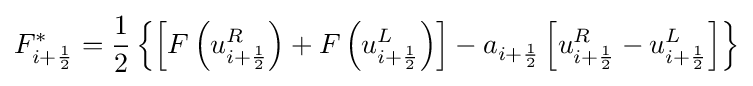
F_{i+{\frac {1}{2}}}^{*}={\frac {1}{2}}\left\{\left[F\left(u_{i+{\frac {1}{2}}}^{R}\right)+F\left(u_{i+{\frac {1}{2}}}^{L}\right)\right]-a_{i+{\frac {1}{2}}}\left[u_{i+{\frac {1}{2}}}^{R}-u_{i+{\frac {1}{2}}}^{L}\right]\right\}